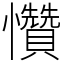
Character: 㦫